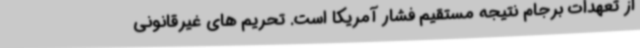
از تعهدات برجام نتیجه مستقیم فشار آمریکا است. تحریم های غیرقانونی